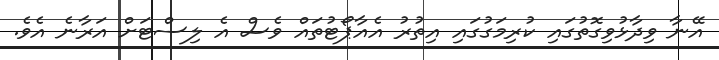
އޭނާ ވިދާޅުވިގޮތުގައި ކުރިމަގުގައި އިތުރު އެއާޕޯޓުތައް ވެސް އެ ލިސްޓަށް އަރާނެ އެވެ.